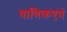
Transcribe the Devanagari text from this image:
वाणिकएवं